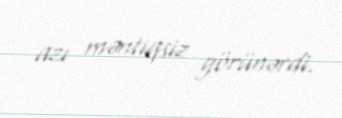
azı məntiqsiz görünərdi.